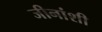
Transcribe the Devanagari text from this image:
जीनांशी